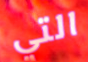
التي